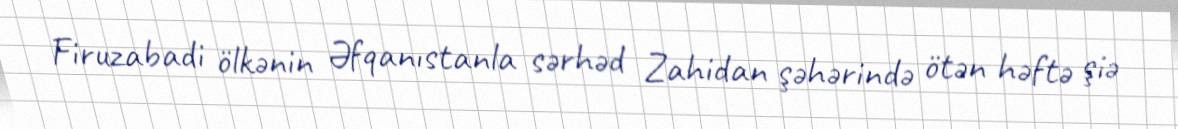
Firuzabadi ölkənin Əfqanıstanla sərhəd Zahidan şəhərində ötən həftə şiə